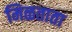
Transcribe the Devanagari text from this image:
मिळताता